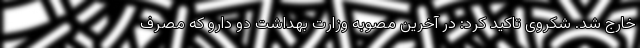
خارج شد. شکروی تاکید کرد: در آخرین مصوبه وزارت بهداشت دو دارو که مصرف